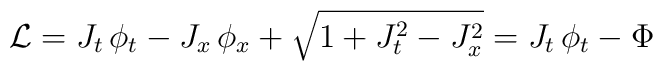
\mathcal{L}=J_{t}\, \phi _{t}-J_{x}\, \phi _{x}+\sqrt{1+J_{t}^{2}-J_{x}^{2}}=J_{t}\, \phi _{t}-\Phi